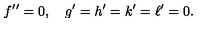
f { ' ^ { \prime } } = 0 , \quad g ^ { \prime } = h ^ { \prime } = k ^ { \prime } = \ell ^ { \prime } = 0 .